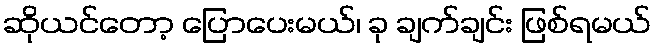
ဆိုယင်တော့ ပြောပေးမယ်၊ ခု ချက်ချင်း ဖြစ်ရမယ်